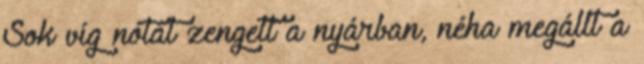
Sok víg nótát zengett a nyárban, néha megállt a